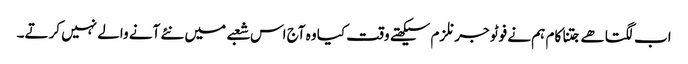
اب لگتا ھے جتنا کام ہم نے فوٹو جرنلزم سیکھتے وقت کیا وہ آج اس شعبے میں نئے آنے والے نہیں کرتے۔